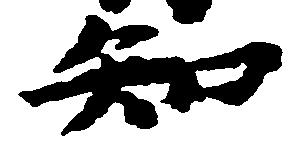
知